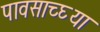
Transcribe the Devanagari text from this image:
पावसाच्घ्या